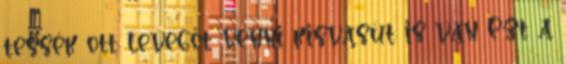
tessék ott levegőt venni kisvasút is van Ezt a